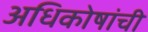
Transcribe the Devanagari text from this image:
अधिकोषांची